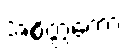
အစိတ္တကော